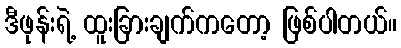
ဒီဖုန်းရဲ့ ထူးခြားချက်ကတော့ ဖြစ်ပါတယ်။